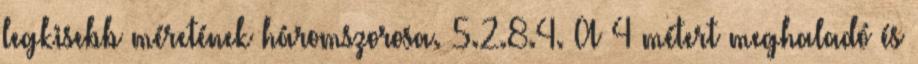
legkisebb méretének háromszorosa. 5.2.8.4. A 4 métert meghaladó és